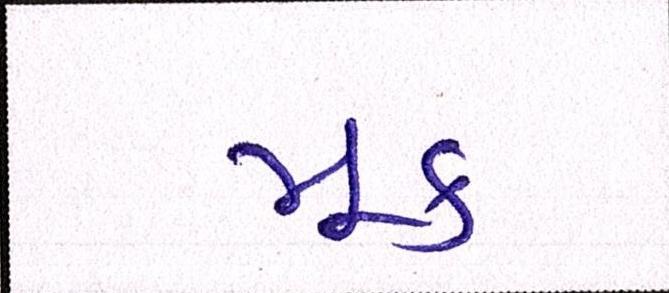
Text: મૂક